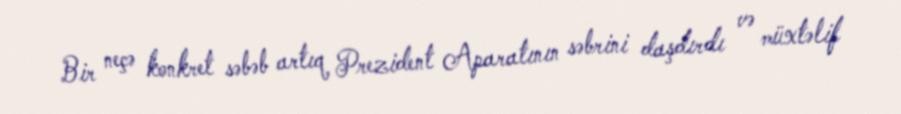
Bir neçə konkret səbəb artıq Prezident Aparatının səbrini daşdırdı və müxtəlif